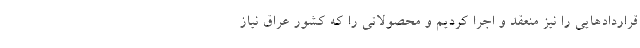
قراردادهایی را نیز منعقد و اجرا کردیم و محصولاتی را که کشور عراق نیاز